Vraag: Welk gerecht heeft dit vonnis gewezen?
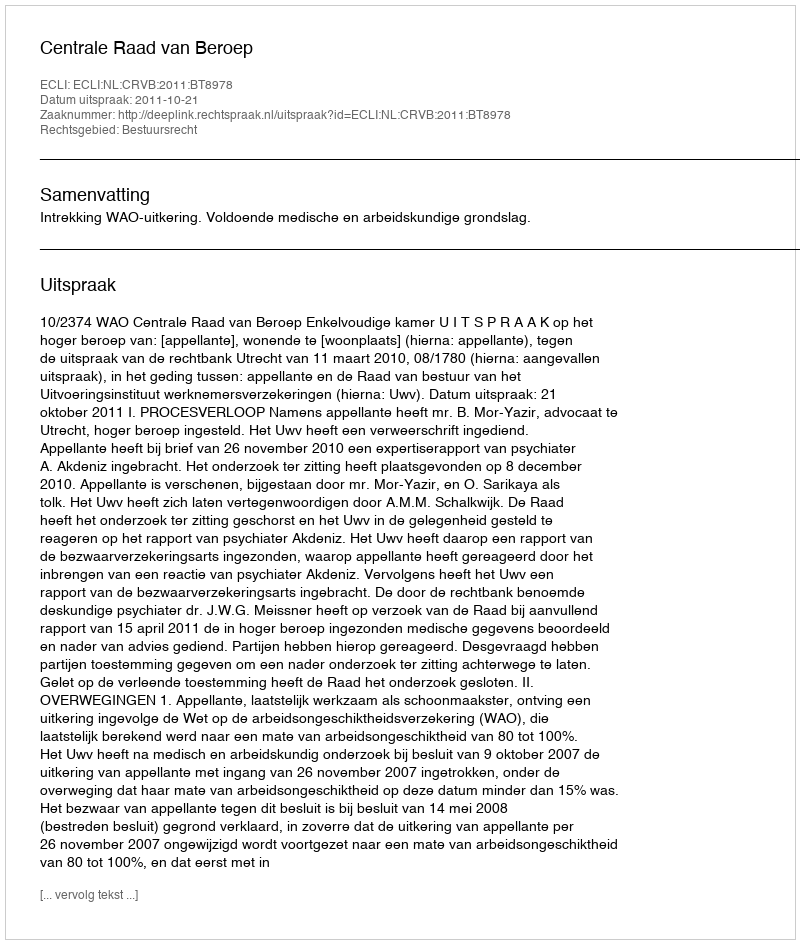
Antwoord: Centrale Raad van Beroep